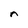
Character: n